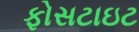
ફોસટાઇટ